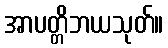
အာပတ္တိဘယသုတ်။